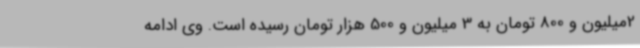
2میلیون و 800 تومان به 3 میلیون و 500 هزار تومان رسیده است. وی ادامه